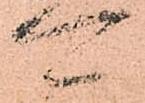
可